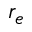
r _ { e }